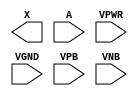
module sky130_fd_sc_lp__bufbuf (
    X   ,
    A   ,
    VPWR,
    VGND,
    VPB ,
    VNB
);

    output X   ;
    input  A   ;
    input  VPWR;
    input  VGND;
    input  VPB ;
    input  VNB ;
endmodule